Report of the King Institute of Preventive Medicine, Guindy
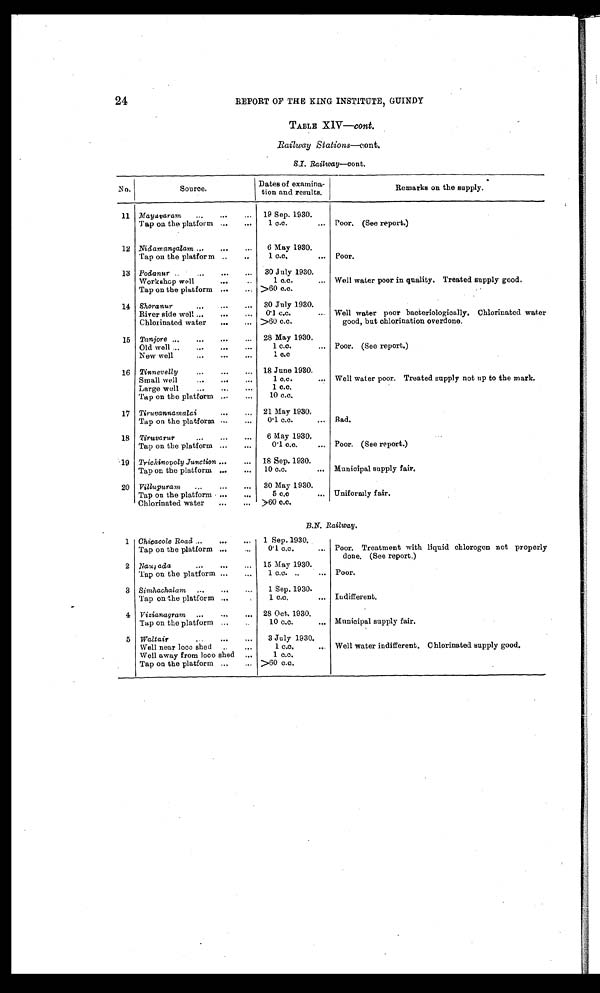
24
REPORT OF THE KING INSTITUTE, GUINDY
TABLE XIV—cont.
Railway Stations—cont.
S.I. Railway—cont.
No.
Source.
Dates of examina
tion and results.
Remarks on the supply.
11 Mayavaram
19 Sep. 1930.
Tap on the platform
1 c.c.
Poor. (See report.)
12 Nidamangalam
6 May 1930.
Tap on the platform
1 c.c.
Poor.
13 Podanur
30 July 1930.
Workshop well
1 c.c.
Well water poor in quality. Treated supply good.
Tap on the platform
>60 c.c.
14 Shoranur
30 July 1930.
River side well
0·1 c.c.
Well water poor bacteriologically. Chlorinated water
good, but chlorination overdone.
Chlorinated water
>60 c.c.
15 Tanjore
28 May 1930.
Old well
1 c.c.
Poor. (See report.)
New well
1 c.c.
16 Tinnevelly
18 June 1930.
Small well
1 c.c.
Well water poor. Treated supply not up to the mark.
Large well
1 c.c.
Tap on the platform
10 c.c.
17 Tiruvannamalai
21 May 1930.
Tap on the platform
0·1 c.c.
Bad.
18 Tiruvarur
6 May 1930.
Tap on the platform
0·1 c.c.
Poor. (See report.)
19 Trichinopoly Junction
18 Sep. 1930.
Tap on the platform
10 c.c.
Municipal supply fair.
20 Villupuram
30 May 1930.
Tap on the platform
5 c.c.
Uniformly fair.
Chlorinated water
>60 c.c.
B.N. Railway.
1 Chicacole Road
1 Sep. 1930.
Tap on the platform
0·1 c.c.
Poor. Treatment with liquid chlorogen not properly
done. (See report.)
2 Naurada
15 May 1930.
Tap on the platform
1 c.c.
Poor.
3 Simhachalam
1 Sep. 1930.
Tap on the platform
1 c.c.
Indifferent.
4 Vizianagram
28 Oct. 1930.
Tap on the platform
10 c.c.
Municipal supply fair.
5 Waltair
3 July 1930.
Well near loco shed
1 c.c.
Well water indifferent. Chlorinated supply good.
Well away from loco shed
1 c.c.
Tap on the platform
>60 c.c.